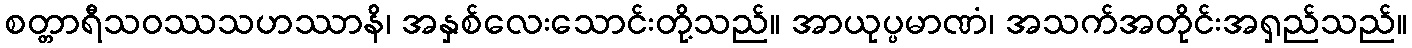
စတ္တာရီသဝဿသဟဿာနိ၊ အနှစ်လေးသောင်းတို့သည်။ အာယုပ္ပမာဏံ၊ အသက်အတိုင်းအရှည်သည်။